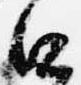
口